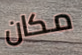
مكان